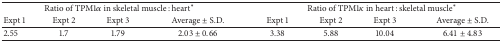
<table><thead><tr><td colspan="4"><b>Ratio of TPM1<i>α</i> in skeletal muscle : heart*</b></td><td colspan="4"><b>Ratio of TPM1<i>κ</i> in heart : skeletal muscle*</b></td></tr><tr><td><b>Expt 1</b></td><td><b>Expt 2</b></td><td><b>Expt 3</b></td><td><b>Average ± S.D.</b></td><td><b>Expt 1</b></td><td><b>Expt 2</b></td><td><b>Expt 3</b></td><td><b>Average ± S.D.</b></td></tr></thead><tbody><tr><td>2.55</td><td>1.7</td><td>1.79</td><td>2.03 ± 0.66</td><td>3.38 </td><td>5.88</td><td>10.04</td><td>6.41 ± 4.83</td></tr></tbody></table>